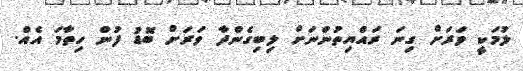
ލުމަކީ ވަރަށް ގިނަ ރައްޔިތުންނަށް ލިބިގެންދާ ވަރަށް ބޮޑު ފުން ހިތާމަ އެއް.